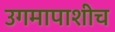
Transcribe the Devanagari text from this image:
उगमापाशीच